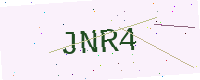
Text: JNR4